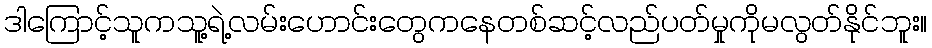
ဒါကြောင့်သူကသူ့ရဲ့လမ်းဟောင်းတွေကနေတစ်ဆင့်လည်ပတ်မှုကိုမလွတ်နိုင်ဘူး။